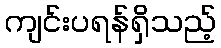
ကျင်းပရန်ရှိသည့်